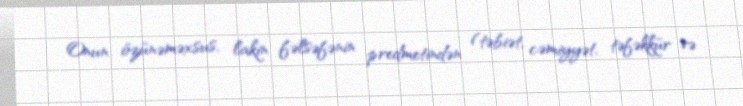
Onun özünəməxsus, lakin fəlsəfənin predmetindən (təbiət, cəmiyyət, təfəkkür və